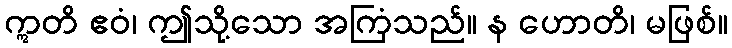
ဣတိ ဧဝံ၊ ဤသို့သော အကြံသည်။ န ဟောတိ၊ မဖြစ်။